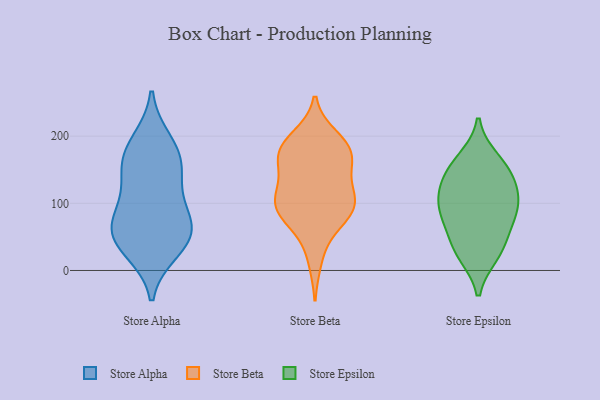
{"axis": {"x": "Market Share (%)", "y": "Value"}, "legend": ["Store Alpha", "Store Beta", "Store Epsilon"], "data": [{"x": "", "y": 158, "type": "Store Alpha"}, {"x": "", "y": 31, "type": "Store Alpha"}, {"x": "", "y": 115, "type": "Store Alpha"}, {"x": "", "y": 61, "type": "Store Alpha"}, {"x": "", "y": 174, "type": "Store Alpha"}, {"x": "", "y": 85, "type": "Store Alpha"}, {"x": "", "y": 191, "type": "Store Alpha"}, {"x": "", "y": 52, "type": "Store Alpha"}, {"x": "", "y": 44, "type": "Store Alpha"}, {"x": "", "y": 151, "type": "Store Alpha"}, {"x": "", "y": 66, "type": "Store Alpha"}, {"x": "", "y": 110, "type": "Store Beta"}, {"x": "", "y": 152, "type": "Store Beta"}, {"x": "", "y": 165, "type": "Store Beta"}, {"x": "", "y": 120, "type": "Store Beta"}, {"x": "", "y": 84, "type": "Store Beta"}, {"x": "", "y": 95, "type": "Store Beta"}, {"x": "", "y": 107, "type": "Store Beta"}, {"x": "", "y": 178, "type": "Store Beta"}, {"x": "", "y": 61, "type": "Store Beta"}, {"x": "", "y": 82, "type": "Store Beta"}, {"x": "", "y": 185, "type": "Store Beta"}, {"x": "", "y": 176, "type": "Store Beta"}, {"x": "", "y": 16, "type": "Store Beta"}, {"x": "", "y": 90, "type": "Store Beta"}, {"x": "", "y": 188, "type": "Store Beta"}, {"x": "", "y": 107, "type": "Store Beta"}, {"x": "", "y": 198, "type": "Store Beta"}, {"x": "", "y": 157, "type": "Store Beta"}, {"x": "", "y": 24, "type": "Store Epsilon"}, {"x": "", "y": 80, "type": "Store Epsilon"}, {"x": "", "y": 86, "type": "Store Epsilon"}, {"x": "", "y": 81, "type": "Store Epsilon"}, {"x": "", "y": 148, "type": "Store Epsilon"}, {"x": "", "y": 165, "type": "Store Epsilon"}, {"x": "", "y": 104, "type": "Store Epsilon"}, {"x": "", "y": 151, "type": "Store Epsilon"}, {"x": "", "y": 122, "type": "Store Epsilon"}, {"x": "", "y": 28, "type": "Store Epsilon"}, {"x": "", "y": 43, "type": "Store Epsilon"}, {"x": "", "y": 118, "type": "Store Epsilon"}]}